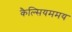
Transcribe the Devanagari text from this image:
कैल्सियममय